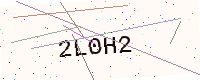
Text: 2L0H2